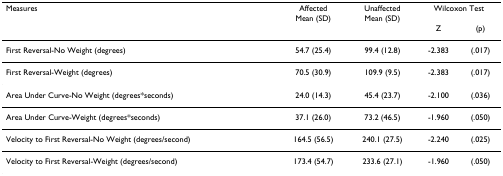
| Measures | AffectedMean (SD) | UnaffectedMean (SD) | <COLSPAN=2> Wilcoxon Test |
 |  |  |  | Z | (p) |
 | --- | --- | --- | --- | --- |
 | First Reversal-No Weight (degrees) | 54.7 (25.4) | 99.4 (12.8) | -2.383 | (.017) |
 | First Reversal-Weight (degrees) | 70.5 (30.9) | 109.9 (9.5) | -2.383 | (.017) |
 | Area Under Curve-No Weight (degrees*seconds) | 24.0 (14.3) | 45.4 (23.7) | -2.100 | (.036) |
 | Area Under Curve-Weight (degrees*seconds) | 37.1 (26.0) | 73.2 (46.5) | -1.960 | (.050) |
 | Velocity to First Reversal-No Weight (degrees/second) | 164.5 (56.5) | 240.1 (27.5) | -2.240 | (.025) |
 | Velocity to First Reversal-Weight (degrees/second) | 173.4 (54.7) | 233.6 (27.1) | -1.960 | (.050) |